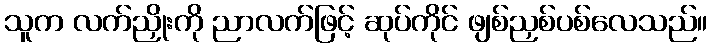
သူက လက်ညှိုးကို ညာလက်ဖြင့် ဆုပ်ကိုင် ဖျစ်ညှစ်ပစ်လေသည်။